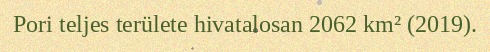
Pori teljes területe hivatalosan 2062 km² (2019).